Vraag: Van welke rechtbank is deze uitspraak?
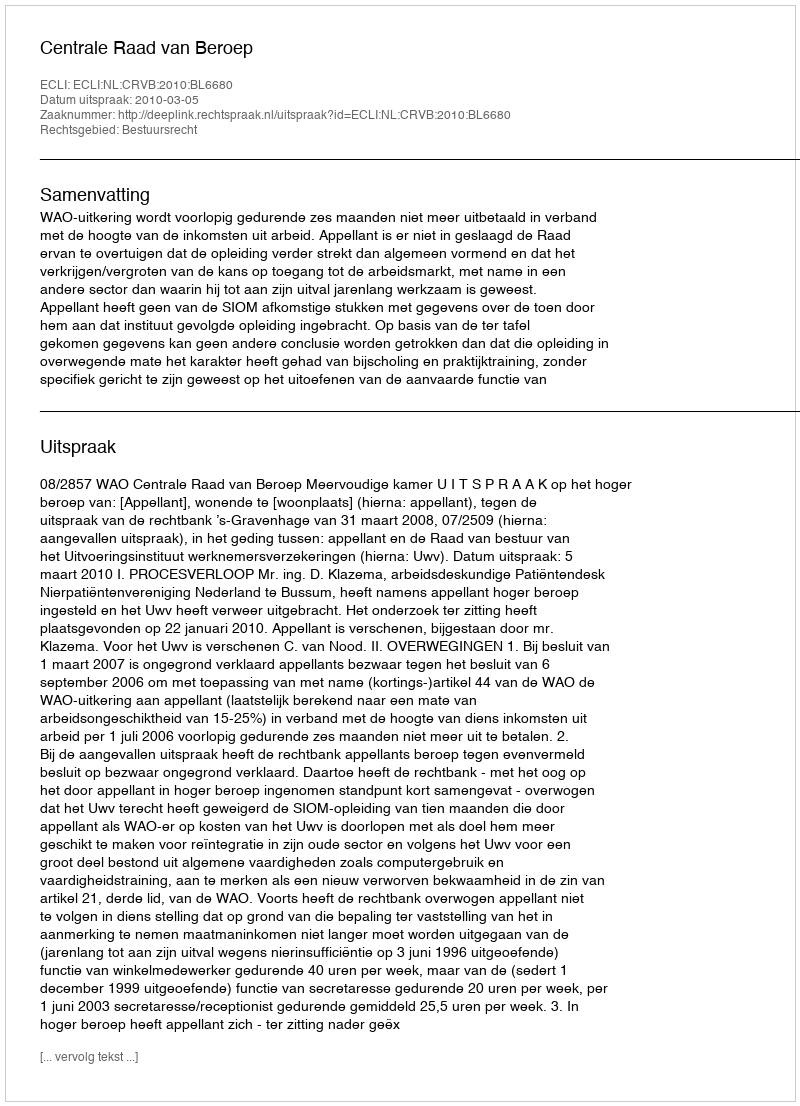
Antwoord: Centrale Raad van Beroep